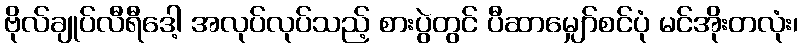
ဗိုလ်ချုပ်လီရီဒေါ့ အလုပ်လုပ်သည့် စားပွဲတွင် ပီဆာမျှော်စင်ပုံ မင်အိုးတလုံး၊